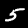
Label: 5